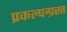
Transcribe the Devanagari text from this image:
प्रकल्पग्रस्त